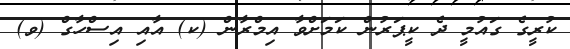
ކުރީގެ ގައުމީ ދެ ކީޕަރުން ކަމަށްވާ އިމްރާން (ކ) އާއި އިސްހާގް (ވ)